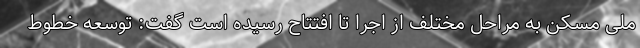
ملی مسکن به مراحل مختلف از اجرا تا افتتاح رسیده است گفت: توسعه خطوط